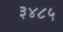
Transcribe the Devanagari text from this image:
३४८५